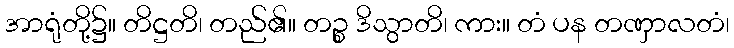
အာရုံတို့၌။ တိဋ္ဌတိ၊ တည်၏။ တဉ္စ ဒိသွာတိ၊ ကား။ တံ ပန တဏှာလတံ၊